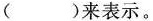
()来表示。